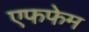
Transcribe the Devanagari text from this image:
एफफेम